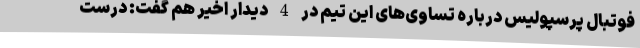
فوتبال پرسپولیس درباره تساوی‌های این تیم در 4 دیدار اخیر هم گفت: درست